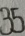
3 5